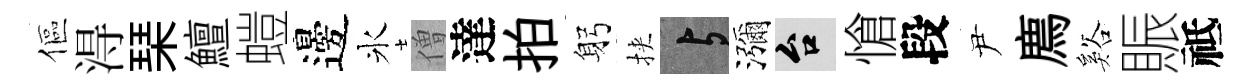
傴淂琹鱣螘邊氷僧達拍躬挾与瀰台愴段尹廌谿賑祗